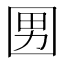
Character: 𡇨